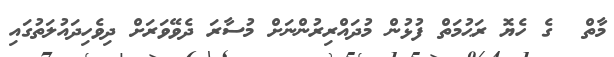
މާތް  ގެ ހެޔޮ ރަޙުމަތް ފުޅުން މުދައްރިރުންނަށް މުސާރަ ދެވޭވަރަށް ދިވެހިދައުލަތުގައި